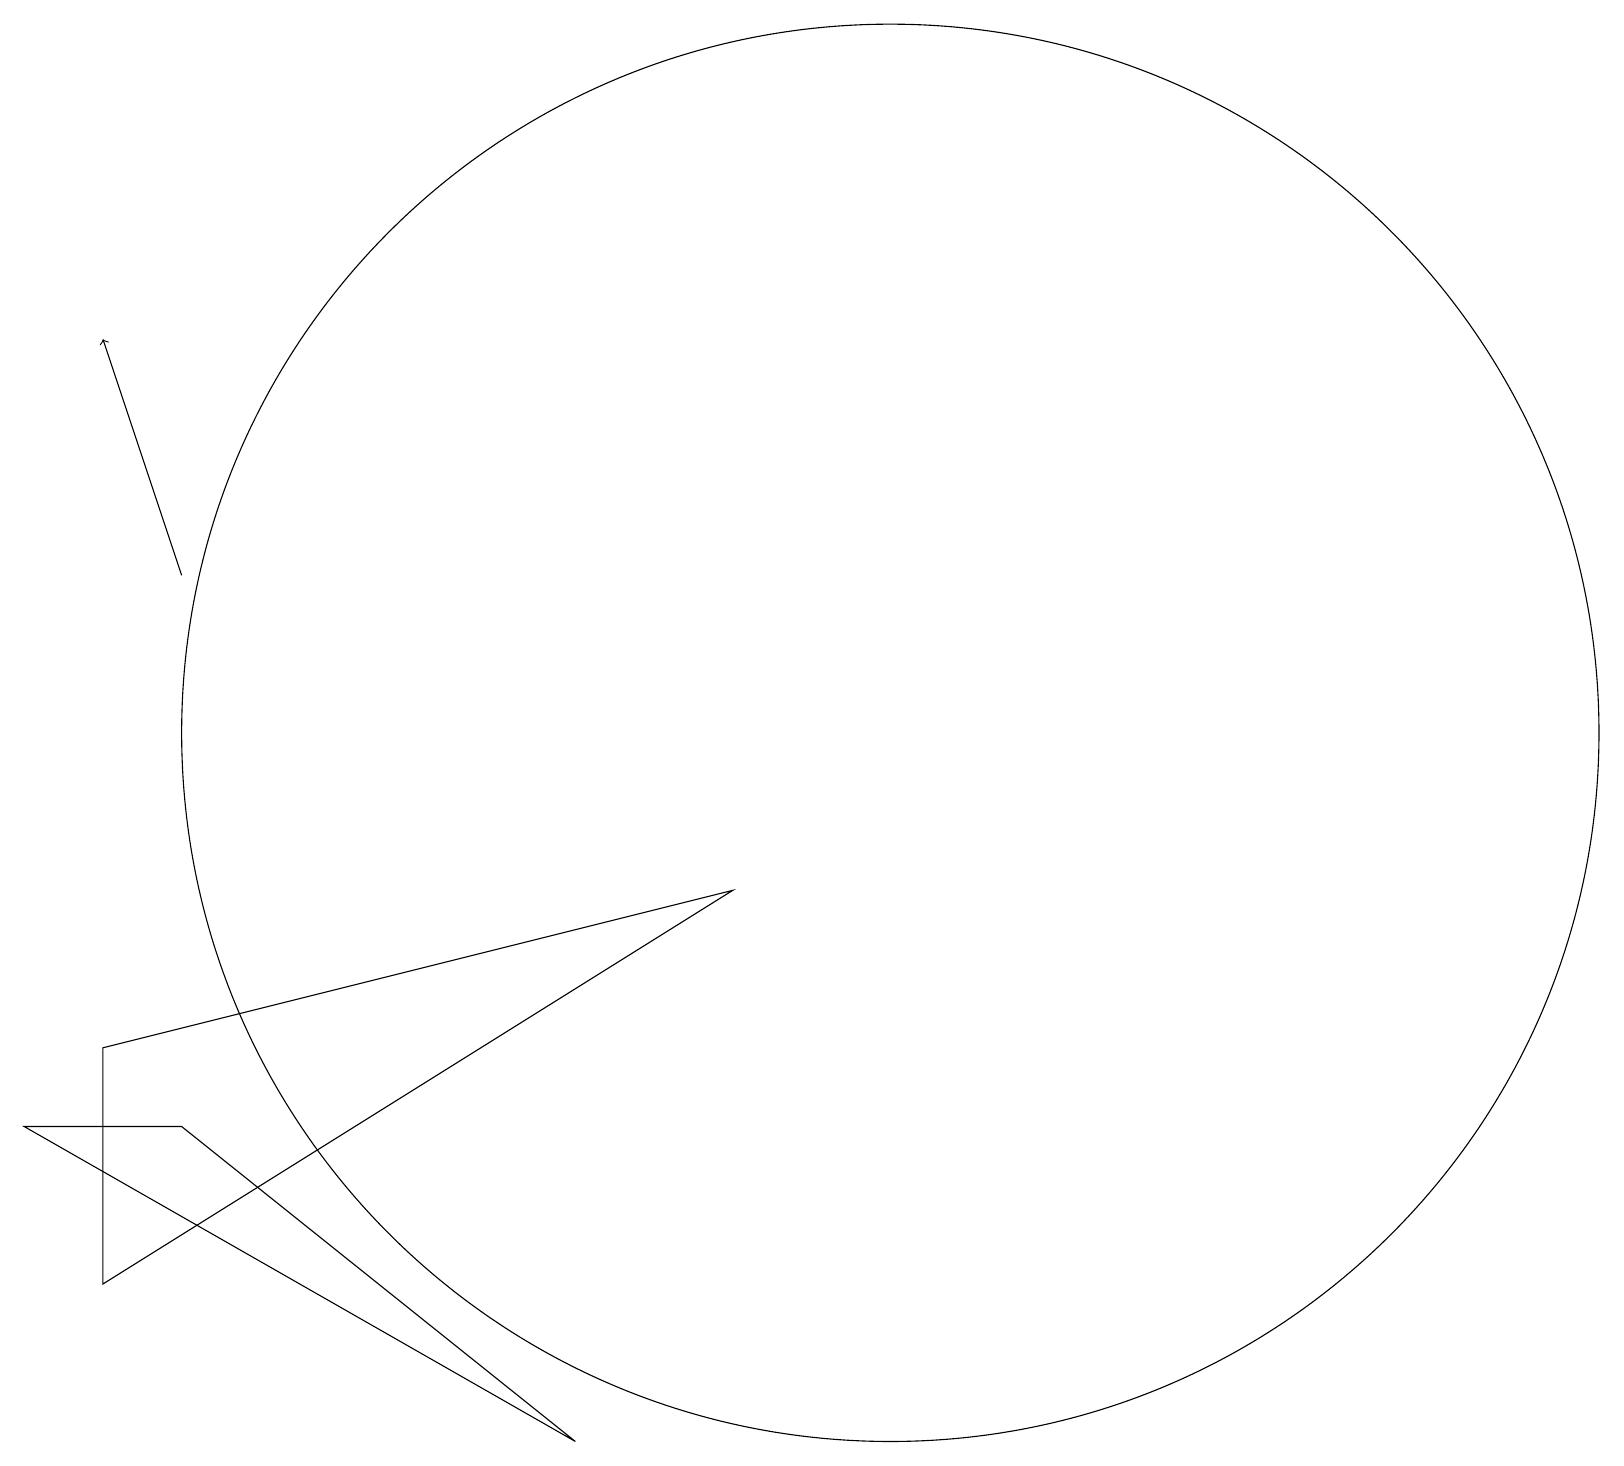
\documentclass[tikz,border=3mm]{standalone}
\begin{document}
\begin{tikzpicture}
\draw (11,11) circle (9);
\draw[->] (2,13) -- (1,16);
\draw (1,7) -- (1,4) -- (9,9) -- cycle;
\draw (7,2) -- (0,6) -- (2,6) -- cycle;
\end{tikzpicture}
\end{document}